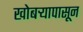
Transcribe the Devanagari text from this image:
खोबर्‍यापासून